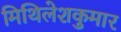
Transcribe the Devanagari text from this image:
मिथिलेशकुमार